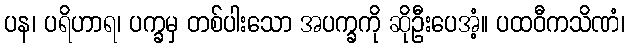
ပန၊ ပရိဟာရ၊ ပက္ခမှ တစ်ပါးသော အပက္ခကို ဆိုဦးပေအံ့။ ပထဝီကသိဏံ၊